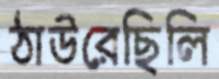
ঠাউরেছিলি